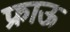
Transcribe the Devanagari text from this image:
फ्राऊ